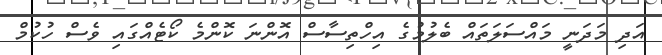
އަދި މަދަނީ މައްސަލަތައް ބެލުމުގެ އިހްތިސާސް އޮންނަ ކޮންމެ ކޯޓެއްގައި ވެސް ހުކުމް